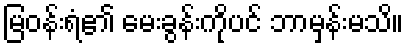
မြဝန်းရံ၏ မေးခွန်းကိုပင် ဘာမှန်းမသိ။